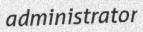
administrator